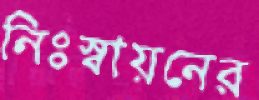
নিঃস্বায়নের